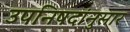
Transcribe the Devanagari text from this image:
उपनिषदांनुसार